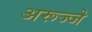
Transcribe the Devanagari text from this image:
अरूज्जे